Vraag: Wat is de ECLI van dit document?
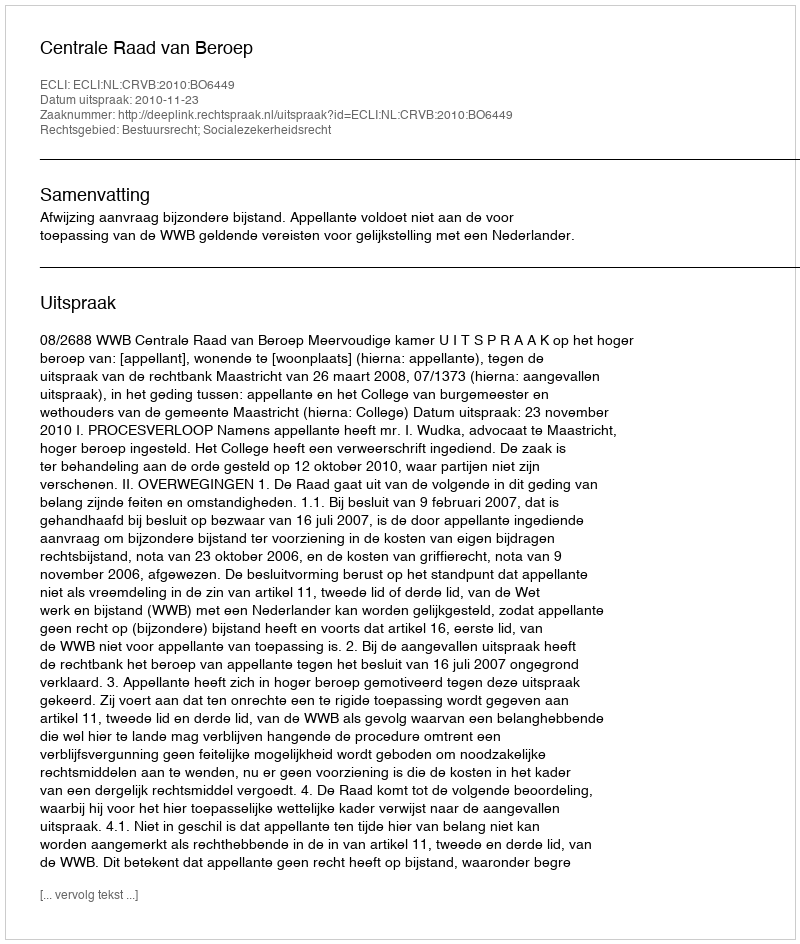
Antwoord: ECLI:NL:CRVB:2010:BO6449